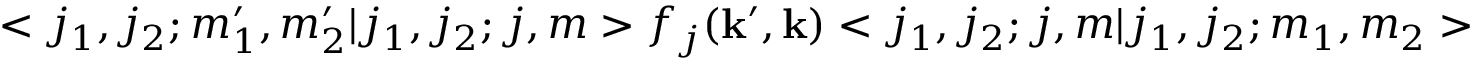
< j _ { 1 } , j _ { 2 } ; m _ { 1 } ^ { \prime } , m _ { 2 } ^ { \prime } | j _ { 1 } , j _ { 2 } ; j , m > f _ { j } ( { \bf k } ^ { \prime } , { \bf k } ) < j _ { 1 } , j _ { 2 } ; j , m | j _ { 1 } , j _ { 2 } ; m _ { 1 } , m _ { 2 } >